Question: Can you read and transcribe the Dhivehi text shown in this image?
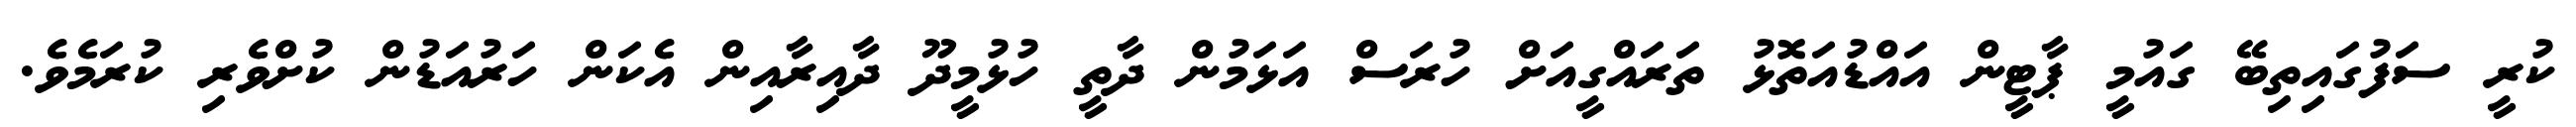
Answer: ކުރީ ސަފުގައިތިބޭ ގައުމީ ޕާޓީން އައްޑުއަތޮޅު ތަރައްގީއަށް ހުރަސް އަޅަމުން ދާތީ ހުޅުމީދޫ ދާއިރާއިން އެކަން ހަރުއަޑުން ކުށްވެރި ކުރަމެވެ.